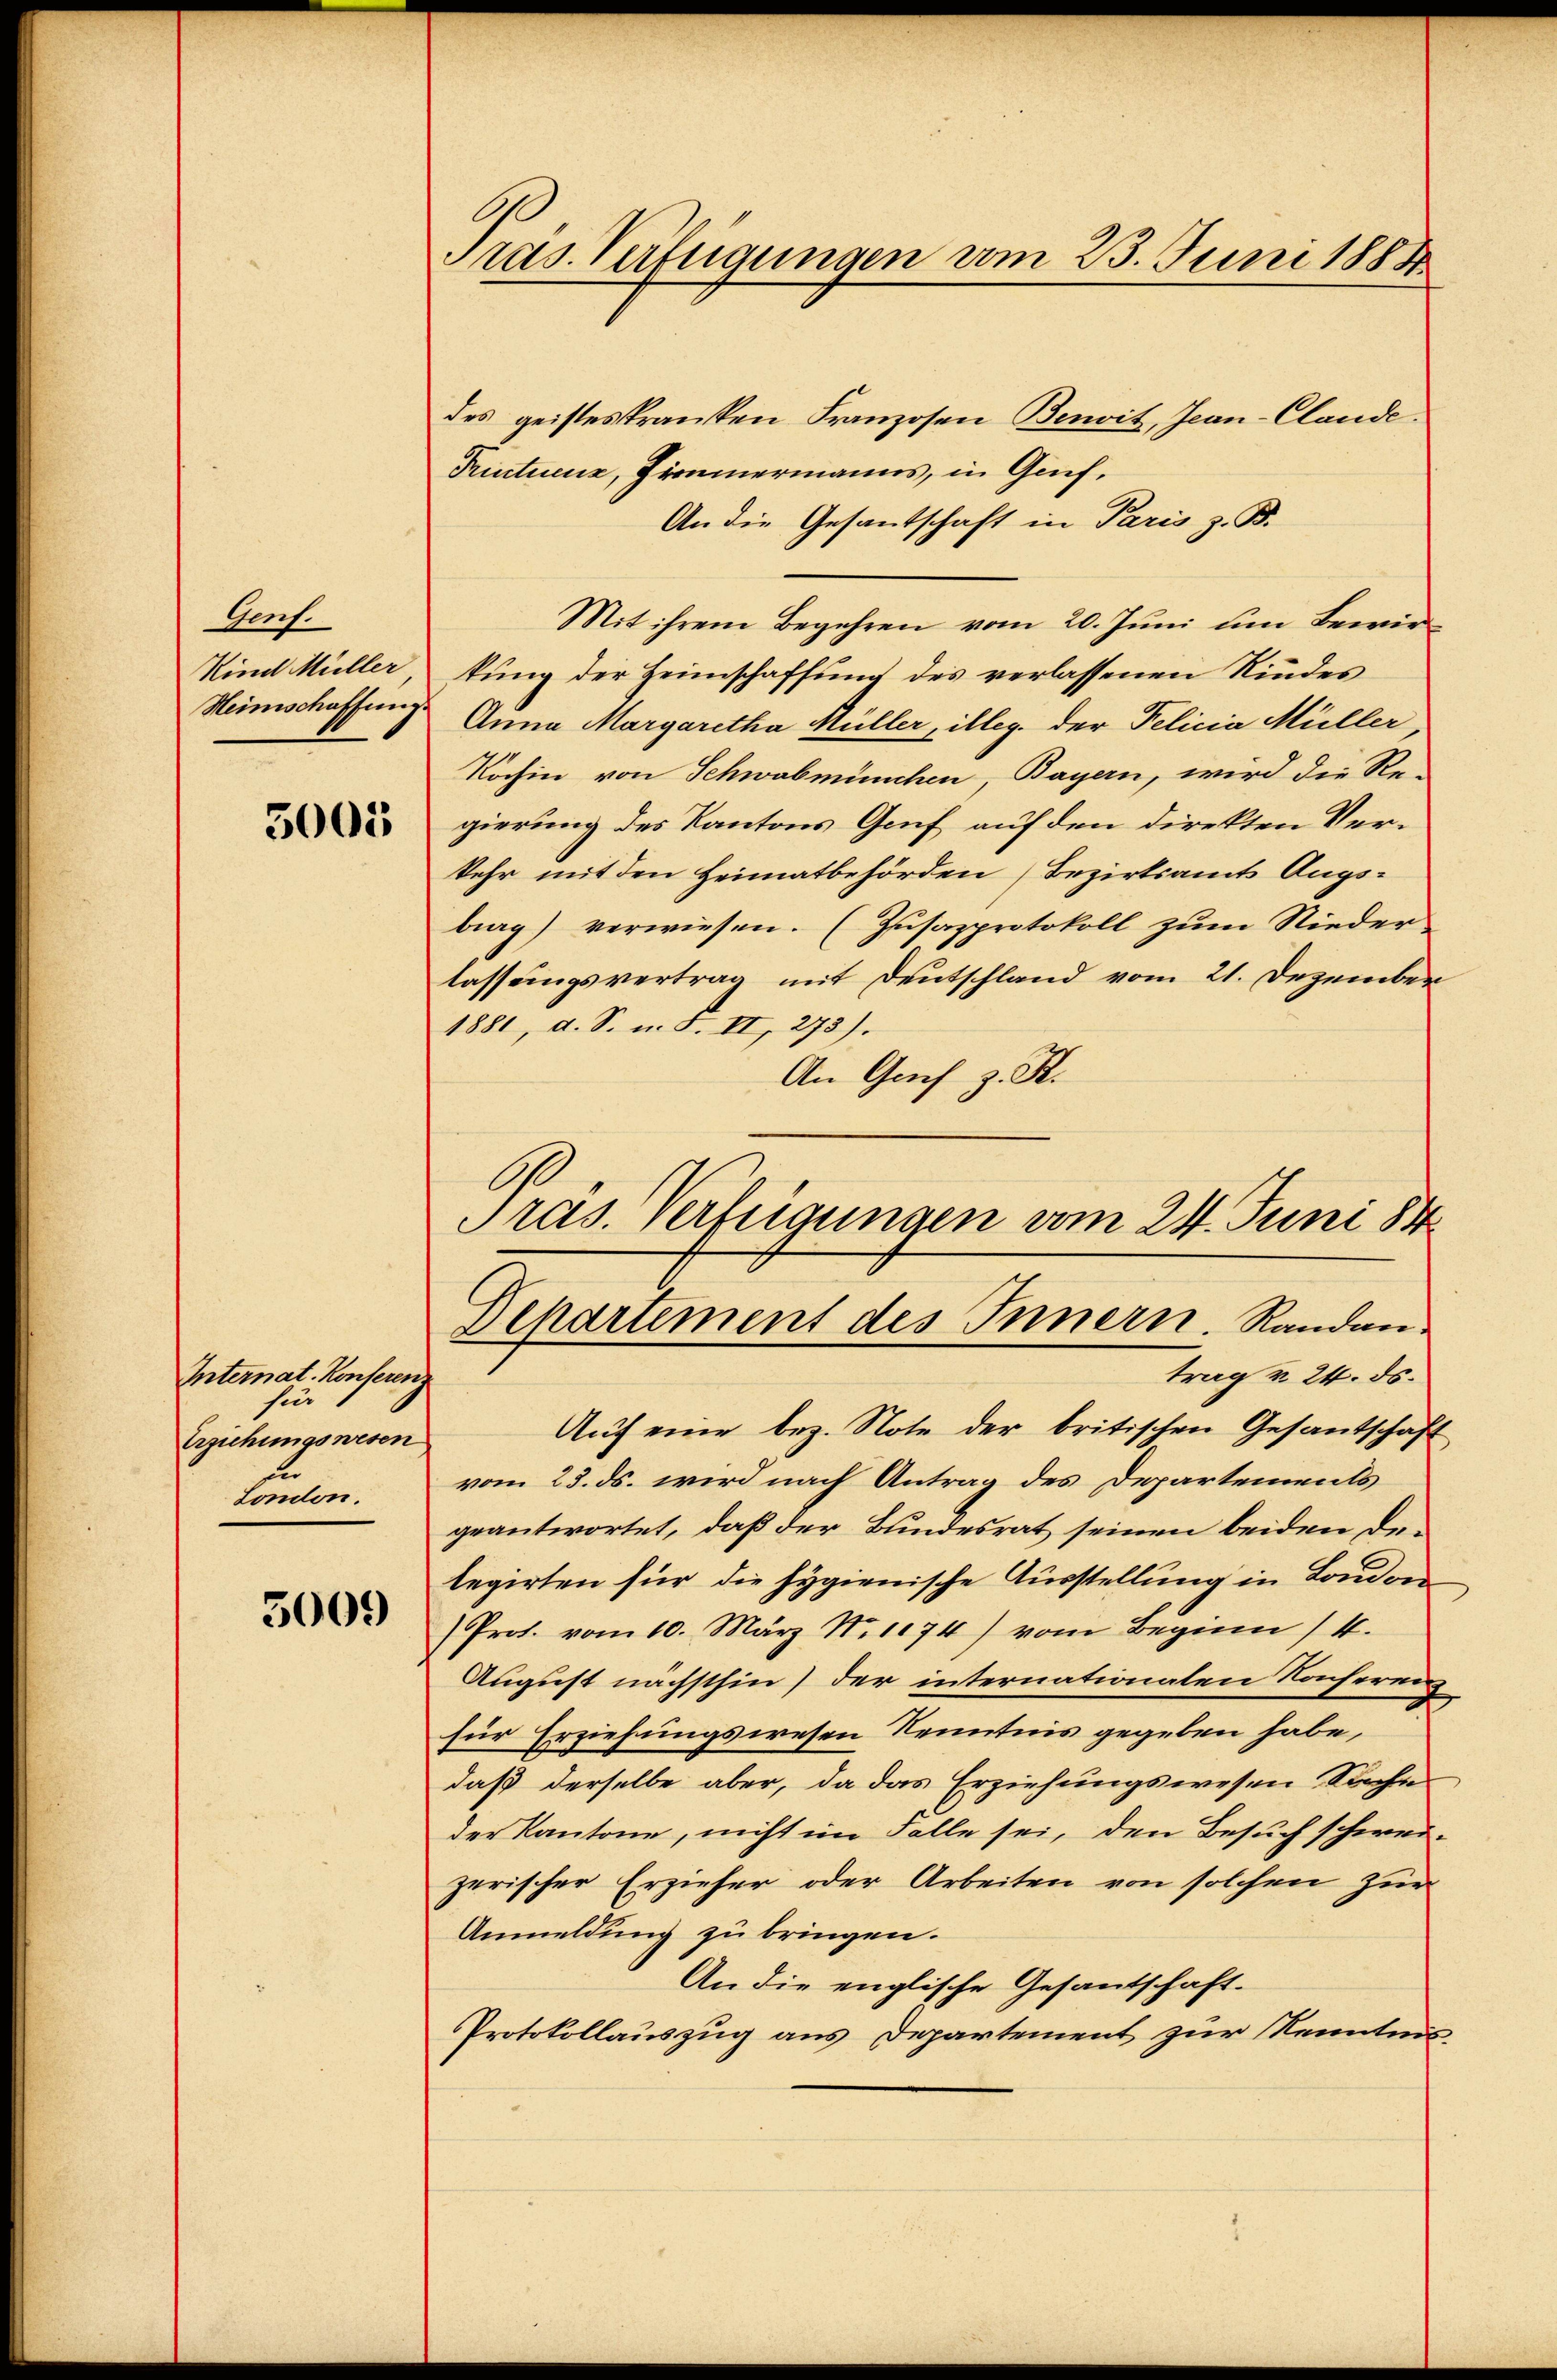
Gent.
Kind Müller
Heimschaffung.

5005

Internat. Konferenz
fier
Erziehungswesen
London.

5009

Pras. Verfügungen vom 23. Juni 1884

des geisteskranken Franzosen Benoit, Jean-Clande.
Triutuenz, Zimmermanns, in Genf,
An die Gesantschaft in Paris z. B.
Mit ihrem Begehren vom 20. Juni um Bewirkung der Heimschaffung des verlassenen Kindes
Anna Margaretha Müller, illeg. der Felicia Müller,
Köchin von Schwabmünchen, Bayern, wird die Re-
gierung des Kantons Grif auf den direkten Verkehr mit den Heimatbehörden (Bezirksamt Augs-
brag) verwiesen. (Zusazprotokoll zum Nieder
lassungsvertrag mit Deutschland vom 21. Dezember
1881, d. S. n. F. II, 273).
An Genf z. B.
Pras. Verfügungen vom 24. Juni 84

Departement des Innern. Randantrag v. 24. ds.

Auf eine bez. Note der britischen Gesantschaft
vom 23. ds. wird nach Antrag des Departements
geantwortet, daß der Bundesrat seinen beiden Delegirten für die Hygienische Ausstellung in London
Prof. vom 10. März N. 1174) vom Beginn 1/4.
August nächsthin) der internationalen Konferenz
für Erziehungswesen Kenntnis gegeben habe,
daß derselbe aber, da das Erziehungswesen Sache
der Kantone, nicht im Falle sei, den Besuch schweizerischer Erzieher oder Arbeiten von solchen zur
Anmeldung zu bringen.
An die englische Gesantschaft-
Protokollauszug aus Departement zur Kenntnis¬